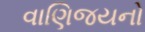
વાણિજયનો